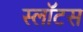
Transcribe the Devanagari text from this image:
स्लॉटस